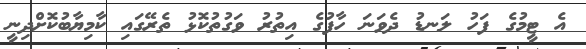
އެ ޓީމުގެ ފަހު ލަނޑު ދެވަނަ ހާފުގެ އިތުރު ވަގުތުކޮޅު ތެރޭގައި ކާމިޔާބުކޮށްދިނީ